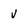
Character: v